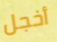
أخجل